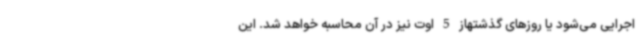
اجرایی می‌شود یا روزهای گذشتهاز 5 اوت نیز در آن محاسبه خواهد شد. این